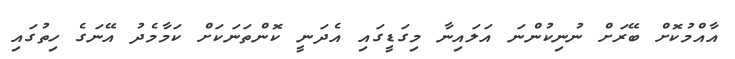
އާއްމުކޮށް ބޭރަށް ނުނިކުންނަ އަލައިނާ މިގަޑީގައި އެދަނީ ކޮންތަނަކަށް ކަމާމެދު އޭނަގެ ހިތުގައި